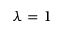
\lambda = 1